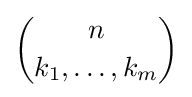
{\binom {n}{k_{1},\ldots ,k_{m}}}